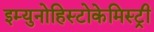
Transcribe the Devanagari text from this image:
इम्युनोहिस्टोकेमिस्ट्री